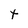
Character: t